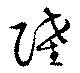
陸